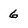
Character: 6